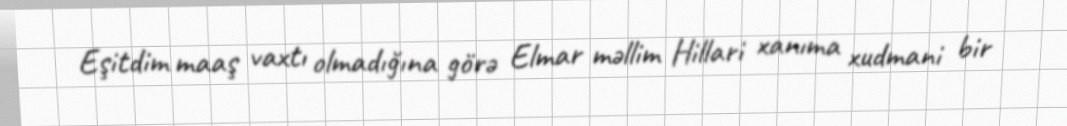
Eşitdim maaş vaxtı olmadığına görə Elmar məllim Hillari xanıma xudmani bir